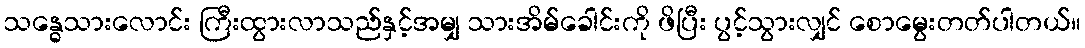
သန္ဓေသားလောင်း ကြီးထွားလာသည်နှင့်အမျှ သားအိမ်ခေါင်းကို ဖိပြီး ပွင့်သွားလျှင် စောမွေးတတ်ပါတယ်။